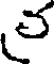
త